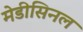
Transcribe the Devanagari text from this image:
मेडीसिनल